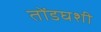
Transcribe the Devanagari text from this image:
तोंडघशी